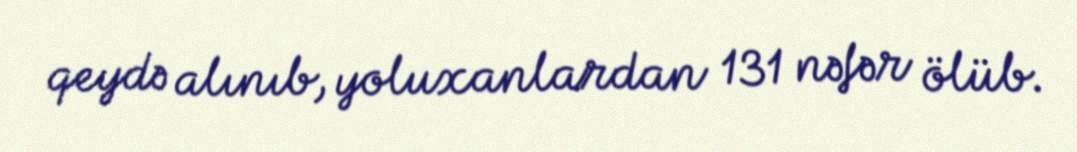
qeydə alınıb, yoluxanlardan 131 nəfər ölüb.